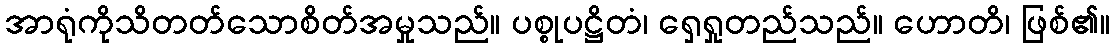
အာရုံကိုသိတတ်သောစိတ်အမှုသည်။ ပစ္စုပဋ္ဌိတံ၊ ရှေရှုတည်သည်။ ဟောတိ၊ ဖြစ်၏။